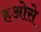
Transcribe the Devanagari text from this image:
हओसे